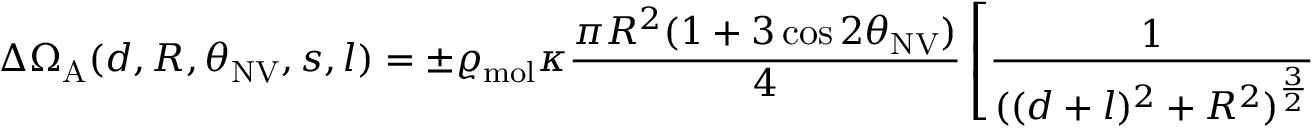
\Delta \Omega _ { \mathrm { A } } ( d , R , \theta _ { \mathrm { N V } } , s , l ) = \pm \varrho _ { \mathrm { m o l } } \kappa \frac { \pi R ^ { 2 } ( 1 + 3 \cos { 2 \theta _ { \mathrm { N V } } } ) } { 4 } \left[ \frac { 1 } { ( ( d + l ) ^ { 2 } + R ^ { 2 } ) ^ { \frac { 3 } { 2 } } } - \frac { 1 } { ( ( d + l + s ) ^ { 2 } + R ^ { 2 } ) ^ { \frac { 3 } { 2 } } } \right]